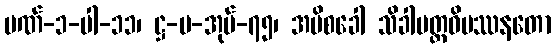
ပဏ်-၁-ပါ-၁၁၊ ဋ္ဌ-ပ-အုပ်-၇၅၊ အပိစခေါ သိခါပတ္တဝိပဿနတော